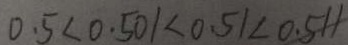
0 . 5 < 0 . 5 0 1 < 0 . 5 1 < 0 . 5 1 1